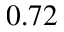
0 . 7 2